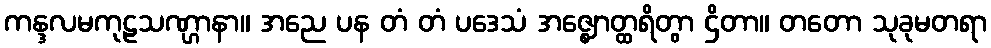
ကန္ဒလမကုဠသဏ္ဌာနာ။ အညေ ပန တံ တံ ပဒေသံ အဇ္ဈောတ္ထရိတွာ ဌိတာ။ တတော သုခုမတရာ